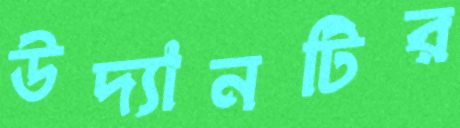
উদ্যানটির